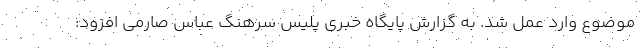
موضوع وارد عمل شد. به گزارش پایگاه خبری پلیس سرهنگ عباس صارمی افزود: